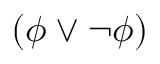
( \phi \lor \neg \phi )